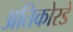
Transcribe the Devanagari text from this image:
अतिकोरडे